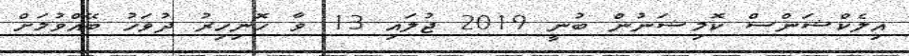
އިލެކްޝަންސް ކޮމިޝަނުން ބުނީ 2019 ޖުލައި 13 ވާ ހޮނިހިރު ދުވަހު ބޭއްވުމަށް